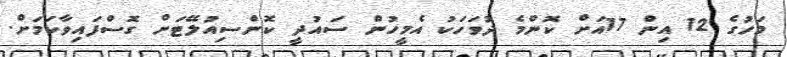
މަހުގެ 12 އިން 17އަށް ކޮންމެ ދުވަހަކު އެމީހުން ސައުދީ ކޮންސިއުލޭޓަށް ގޮސްފައިވާކަމަށް.